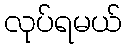
လုပ်ရမယ်